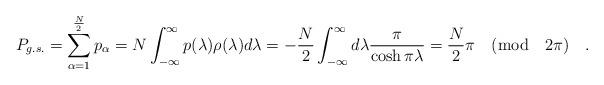
LaTeX: \begin{align*}P_{g.s.}=\sum_{\alpha=1}^{\frac{N}{2}}p_{\alpha}=N\int_{-\infty}^{\infty}p(\lambda)\rho(\lambda)d\lambda=-\frac{N}{2}\int_{-\infty}^{\infty}d\lambda\frac{\pi}{\cosh\pi\lambda}=\frac{N}{2}\pi\quad ({\rm mod}\quad 2\pi)\quad .\end{align*}